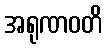
အရုဏဝတိ